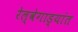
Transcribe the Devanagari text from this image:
रेल्वेगाड्यांत